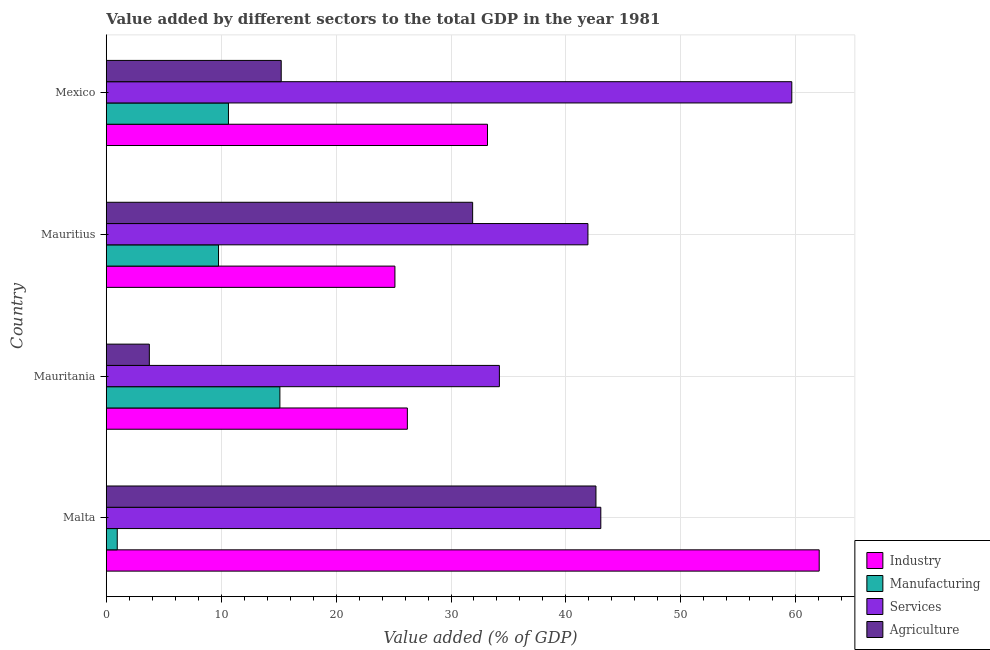
| Country | Industry | Manufacturing | Services | Agriculture |
 | --- | --- | --- | --- | --- |
 | Malta | 62 | 0.957 | 43 | 42.6 |
 | Mauritania | 26.2 | 15.1 | 34.2 | 3.75 |
 | Mauritius | 25.1 | 9.77 | 41.9 | 31.9 |
 | Mexico | 33.2 | 10.6 | 59.7 | 15.2 |